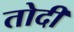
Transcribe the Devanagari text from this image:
तोदी